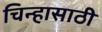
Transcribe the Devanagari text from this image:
चिन्हासाठी